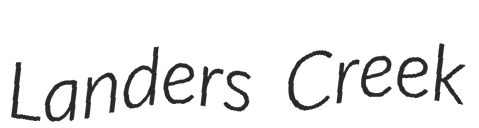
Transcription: Landers Creek